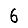
Digit: 6